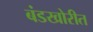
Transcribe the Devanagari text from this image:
बंडखोरीत